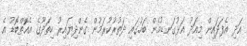
އަދި އެފަދައިން މިއަދު އަޅުގަނޑުމެން ބަހުގައި ދަތުރުކުރަމުން ގެންދިޔައިރު ހިތަދޫގެ އެއޮތްބޮޑު އެ